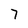
Character: 7